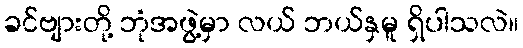
ခင်ဗျားတို့ ဘုံအဖွဲ့မှာ လယ် ဘယ်နှမူ ရှိပါသလဲ။